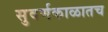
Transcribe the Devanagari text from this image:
सुवर्णकाळातच